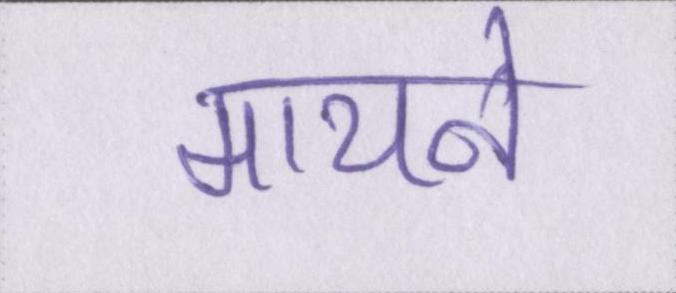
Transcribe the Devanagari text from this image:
मायने